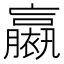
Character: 𧝹